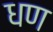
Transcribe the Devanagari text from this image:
धण